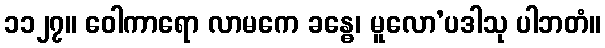
၁၁၂၇။ ဝေါကာရော လာမကေ ခန္ဓေ၊ မူလော’ပဒါသု ပါဘတံ။